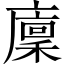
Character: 廩